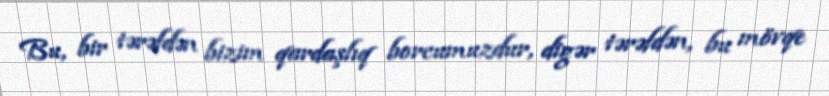
Bu, bir tərəfdən bizim qardaşlıq borcumuzdur, digər tərəfdən, bu mövqe